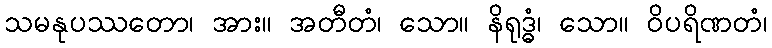
သမနုပဿတော၊ အား။ အတီတံ၊ သော။ နိရုဒ္ဓံ၊ သော။ ဝိပရိဏတံ၊